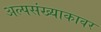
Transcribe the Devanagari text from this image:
अल्पसंख्याकावर